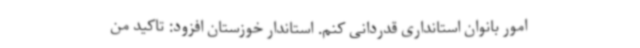
امور بانوان استانداری قدردانی کنم. استاندار خوزستان افزود: تاکید من